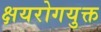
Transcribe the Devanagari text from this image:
क्षयरोगयुक्त